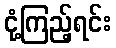
ငုံ့ကြည့်ရင်း